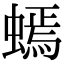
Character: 䗡